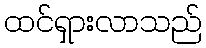
ထင်ရှားလာသည်